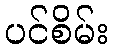
ပင်စိမ်း